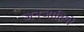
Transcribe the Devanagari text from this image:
जनजातियाें